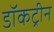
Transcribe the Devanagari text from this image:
डॉकट्रीन